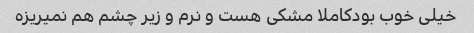
خیلی خوب بودکاملا مشکی هست و نرم و زیر چشم هم نمیریزه